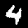
Label: 4